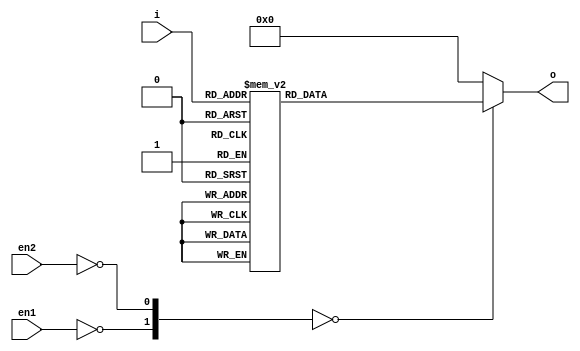
module decoder16(
	input en1, en2,
	input [0:3] i,
	output [0:15] o
);

	always @ (*) begin
		case ({~en1, ~en2, i})
			6'h0: o <= 16'b1000000000000000;
			6'h1: o <= 16'b0100000000000000;
			6'h2: o <= 16'b0010000000000000;
			6'h3: o <= 16'b0001000000000000;
			6'h4: o <= 16'b0000100000000000;
			6'h5: o <= 16'b0000010000000000;
			6'h6: o <= 16'b0000001000000000;
			6'h7: o <= 16'b0000000100000000;
			6'h8: o <= 16'b0000000010000000;
			6'h9: o <= 16'b0000000001000000;
			6'ha: o <= 16'b0000000000100000;
			6'hb: o <= 16'b0000000000010000;
			6'hc: o <= 16'b0000000000001000;
			6'hd: o <= 16'b0000000000000100;
			6'he: o <= 16'b0000000000000010;
			6'hf: o <= 16'b0000000000000001;
			default: o <= 16'b0000000000000000;
		endcase
	end

endmodule